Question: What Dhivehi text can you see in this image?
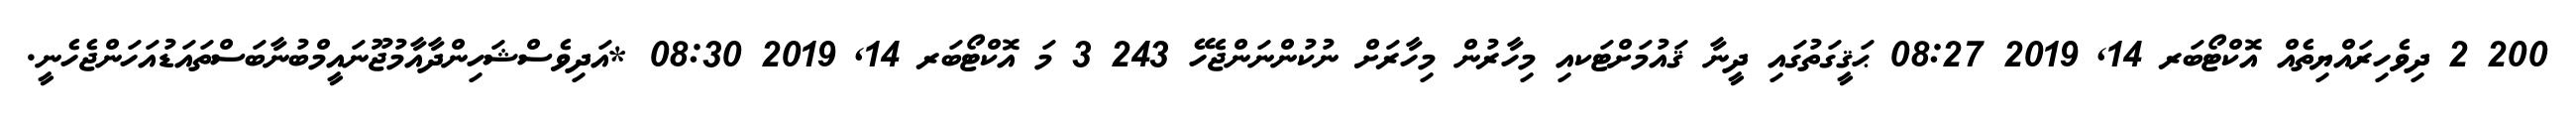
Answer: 200 2 ދިވެހިރައްޔިތެއް އޮކްޓޯބަރ 14, 2019 08:27 ޙަޤީގަތުގައި ދީނާ ޤައުމަށްޓަކއި މިހާރުން މިހާރަށް ނުކުންނަންޖެހޭ 243 3 މަ އޮކްޓޯބަރ 14, 2019 08:30 *އަދިވެސްޝަހިންދާއާމުޖޫނައީމްބުނާބަސްތައަޑުއަހަންޖެހެނީ.